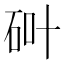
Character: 𱳵